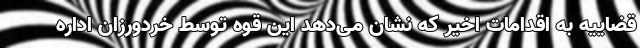
قضاییه به اقدامات اخیر که نشان می‌دهد این قوه توسط خردورزان اداره